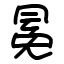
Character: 冕